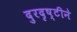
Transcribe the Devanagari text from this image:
दुरदृष्टीने